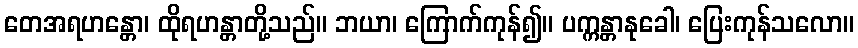
တေအရဟန္တော၊ ထိုရဟန္တာတို့သည်။ ဘယာ၊ ကြောက်ကုန်၍။ ပက္ကန္တာနုခေါ၊ ပြေးကုန်သလော။